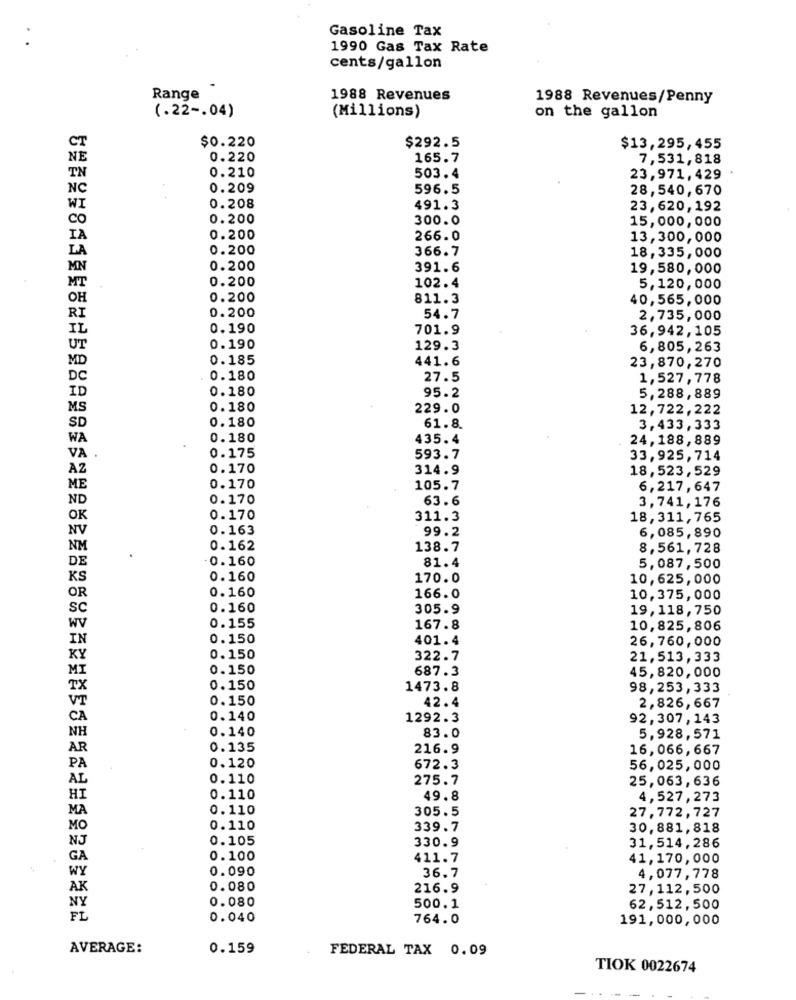
Gasoline Tax
1990 Gas Tax Rate
cents/gallon
Range
1988 Revenues
1988 Revenues/Penny
(.22 -. 04)
(Millions)
on the gallon
$0.220
$292.5
CT
$13,295,455
NE
0.220
165.7
7,531,818
TN
0.210
503.4
23,971,429
NC
0.209
596.5
28,540,670
WI
0.208
491.3
23,620,192
CO
0.200
300.0
15,000,000
IA
0.200
266.0
13,300,000
LA
0.200
366.7
18,335,000
MN
0.200
391.6
19,580,000
0.200
102.4
MT
5,120, 000
OH
0.200
811.3
40, 565, 000
RI
0.200
54.7
2,735,000
IL
0.190
701.9
36,942, 105
UT
0.190
129.3
6,805,263
MD
0.185
441.6
23,870,270
DC
0.180
27.5
1,527,778
0.180
ID
95.2
5,288,889
MS
0.180
229.0
12,722,222
0.180
SD
61.8.
3,433,333
WA
0.180
435.4
24,188, 889
VA
0.175
593.7
33,925, 714
AZ
0.170
314.9
18,523,529
ME
0.170
105.7
6,217,647
ND
0.170
63.6
3,741, 176
OK
0.170
311.3
18,311,765
NV
0.163
99.2
6,085,890
NM
0.162
138.7
8,561,728
DE
0.160
81.4
5,087,500
KS
0.160
170.0
10,625,000
166.0
OR
0.160
10,375, 000
SC
0.160
305.9
19,118, 750
WV
0.155
167.8
10,825,806
IN
0.150
401.4
26,760,000
KY
0. 150
322.7
21,513,333
MI
0.150
687.3
45,820,000
TX
0.150
1473.8
98,253, 333
VT
0.150
42.4
2,826, 667
CA
0.140
1292.3
92,307,143
NH
0.140
83.0
5,928,571
AR
0.135
216.9
16,066, 667
PA
0.120
672.3
56,025,000
AL
0.110
275.7
25,063, 636
HI
0.110
49.8
4,527,273
MA
0.110
305.5
27,772,727
MO
0.110
339.7
30,881,818
NJ
0.105
31,514,286
330.9
GA
0.100
411.7
41, 170, 000
WY
0.090
36.7
4,077,778
AK
0.080
216.9
27,112, 500
NY
0.080
500.1
62,512, 500
FL
0.040
764.0
191,000,000
AVERAGE:
0.159
FEDERAL TAX 0.09
TIOK 0022674